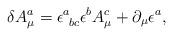
LaTeX: \begin{align*}\delta A^a_\mu = \epsilon^a_{\ bc} \epsilon^b A^c_\mu + \partial_\mu \epsilon^a,\end{align*}